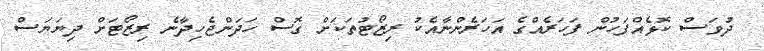
ދުވަސް ކޮޅެއްފަހުން ފަހަރެއްގެ އަހަރެންނާއެކު ރިޒޯޓުތަކަށް ގޮސް ހަދަންޖެހިދާނެ ރިޒޯޓަށް ދިޔަޔަސް